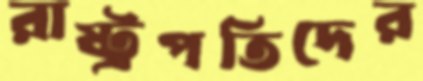
রাষ্ট্রপতিদের